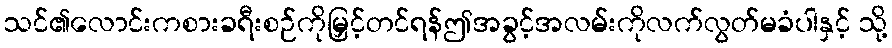
သင်၏လောင်းကစားခရီးစဉ်ကိုမြှင့်တင်ရန်ဤအခွင့်အလမ်းကိုလက်လွတ်မခံပါနှင့် သို့